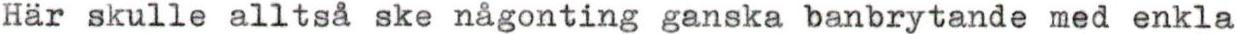
Här skulle alltså ske någonting ganska banbrytande med enkla